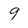
Character: 9